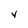
Character: y